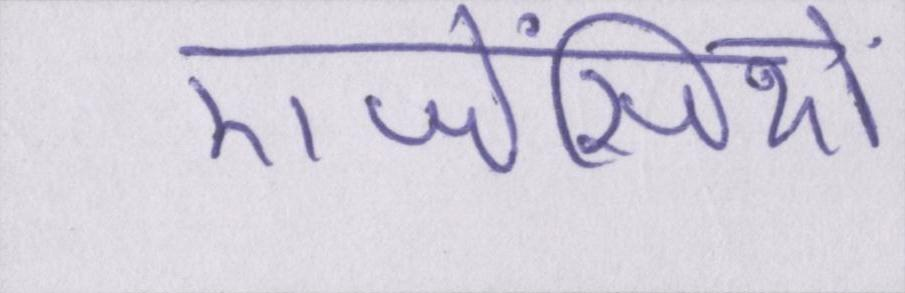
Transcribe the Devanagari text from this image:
एजेंसियों